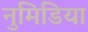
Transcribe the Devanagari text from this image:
नुमिडिया